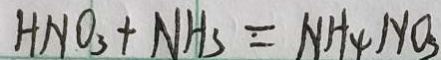
H N O _ { 3 } + N H _ { 3 } = N H _ { 4 } N O _ { 3 }